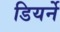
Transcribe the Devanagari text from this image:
डियर्ने